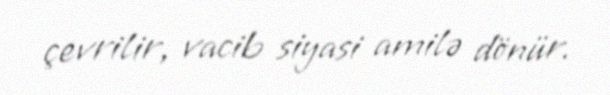
çevrilir, vacib siyasi amilə dönür.